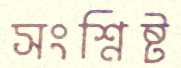
সংশ্নিষ্ট